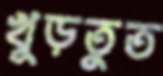
খুড়তুত